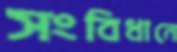
সংবিধানে